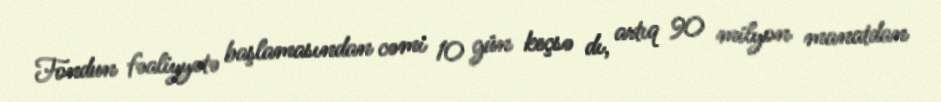
Fondun fəaliyyətə başlamasından cəmi 10 gün keçsə dı, artıq 90 milyon manatdan